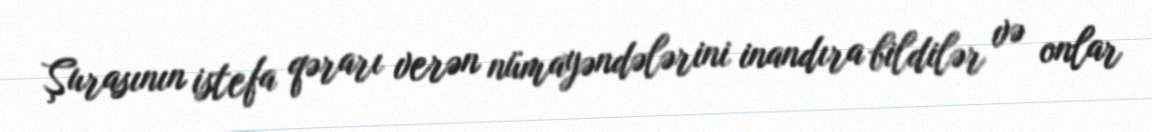
Şurasının istefa qərarı verən nümayəndələrini inandıra bildilər və onlar